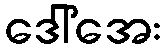
ဒေါ်အေး